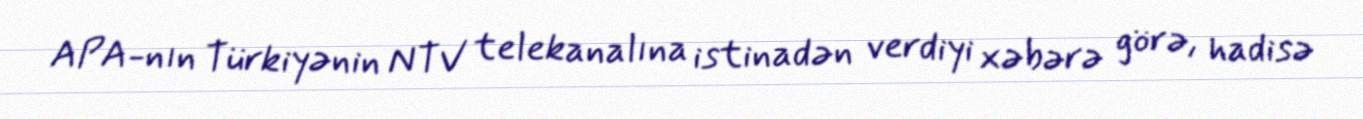
APA-nın Türkiyənin NTV telekanalına istinadən verdiyi xəbərə görə, hadisə